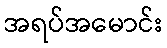
အရပ်အမောင်း